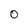
Character: 0